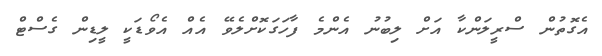
އެގޮތުން ސްރީލަންކާ އަށް ލިބުނު އެންމެ ފާހަގަކޮށްލެވޭ އެއް އެވޯޑަކީ ލީޑިން ގެސްޓް